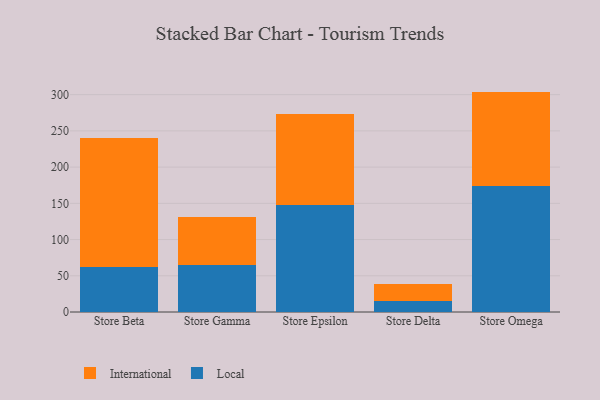
{"axis": {"x": "Store", "y": "Churn Rate (%)"}, "legend": ["International", "Local"], "data": [{"x": "Store Beta", "y": 62.5, "type": "Local"}, {"x": "Store Beta", "y": 177.1, "type": "International"}, {"x": "Store Gamma", "y": 64.2, "type": "Local"}, {"x": "Store Gamma", "y": 66.6, "type": "International"}, {"x": "Store Epsilon", "y": 147.8, "type": "Local"}, {"x": "Store Epsilon", "y": 125.1, "type": "International"}, {"x": "Store Delta", "y": 15.1, "type": "Local"}, {"x": "Store Delta", "y": 23.9, "type": "International"}, {"x": "Store Omega", "y": 174.4, "type": "Local"}, {"x": "Store Omega", "y": 129.8, "type": "International"}]}